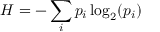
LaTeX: H = - \sum _ { i } p _ { i } \log _ { 2 } ( p _ { i } )